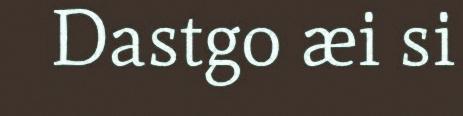
Dastgo æi si